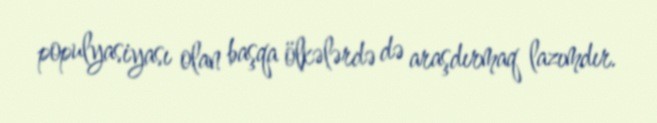
populyasiyası olan başqa ölkələrdə də araşdırmaq lazımdır.